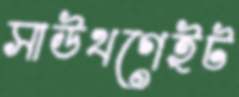
সাউথগেইট